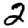
Digit: 2